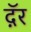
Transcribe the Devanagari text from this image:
दॅ़र